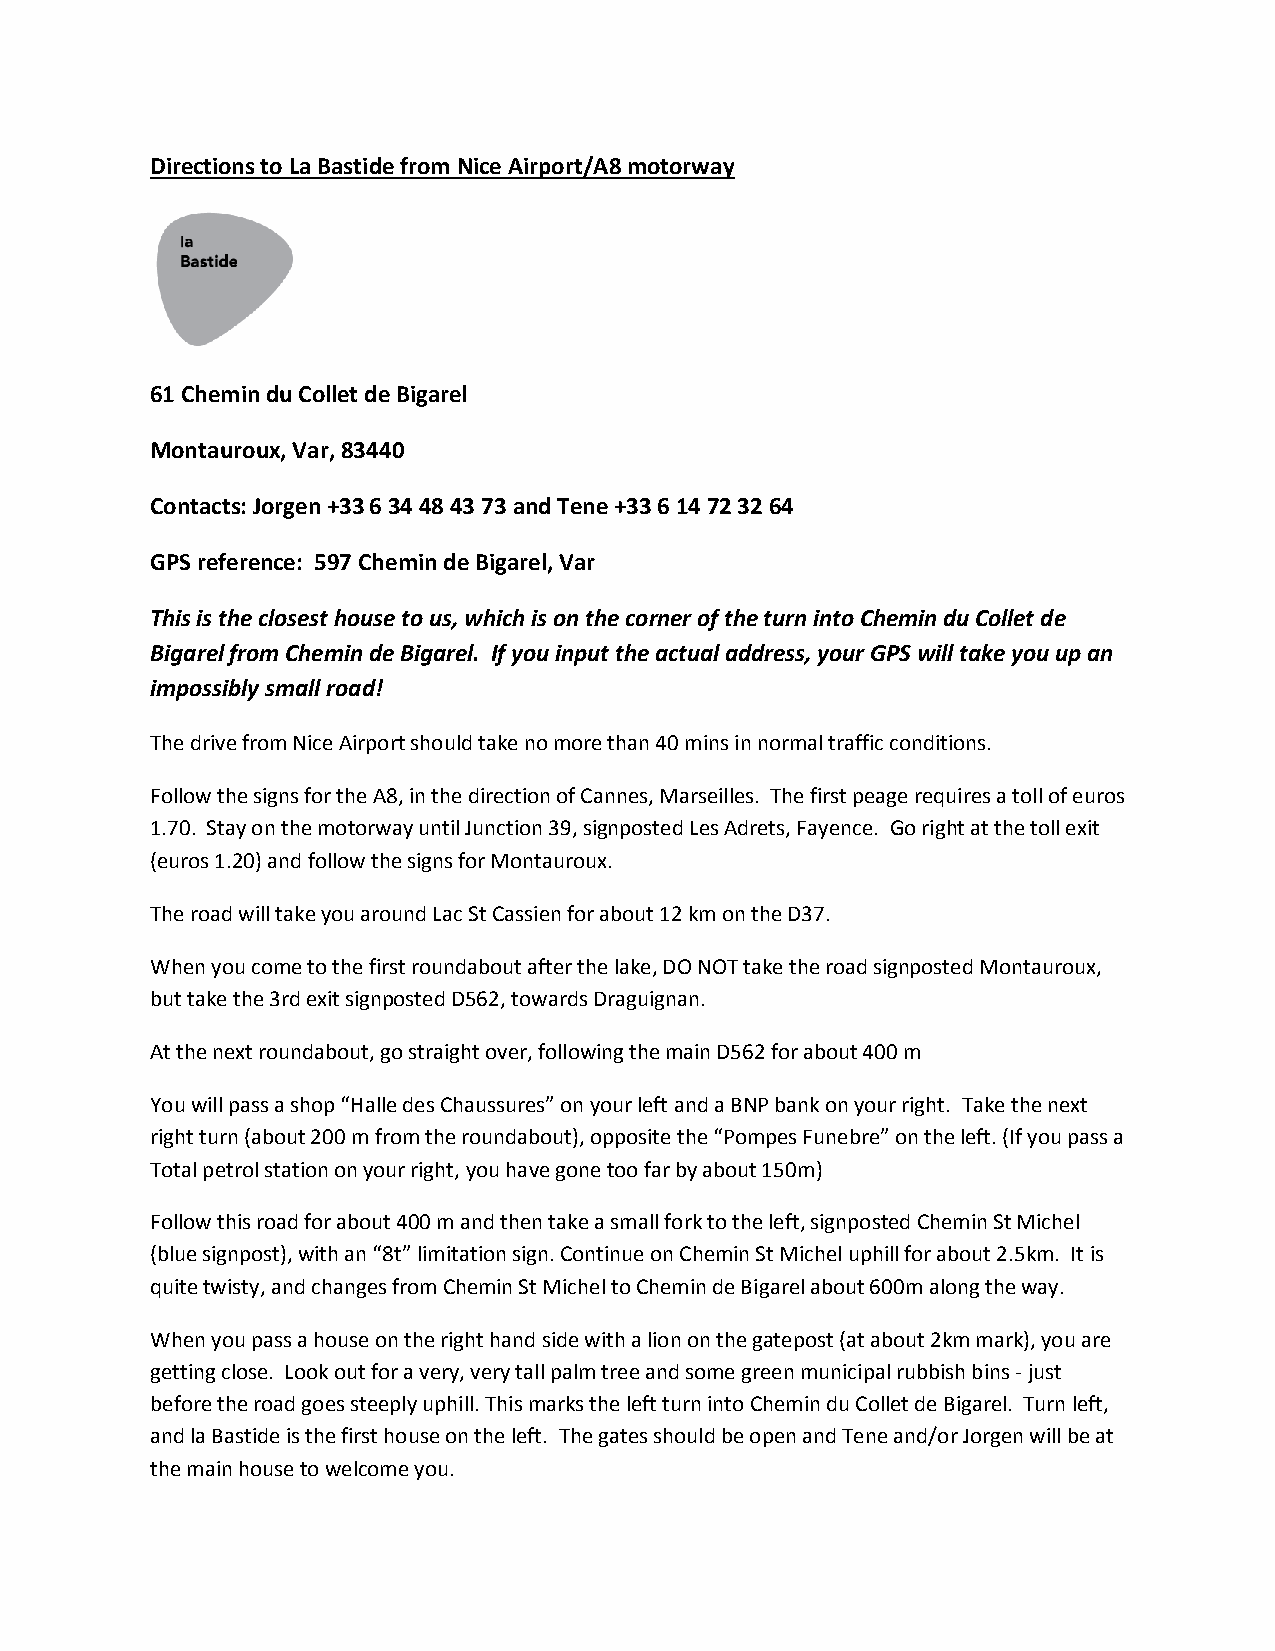
Directions to La Bastide from Nice Airport/A8 motorway
 61 Chemin du Collet de Bigarel
 Montauroux, Var, 83440
 Contacts: Jorgen +33 6 34 48 43 73 and Tene +33 6 14 72 32 64
 GPS reference: 597 Chemin de Bigarel, Var
 This is the closest house to us, which is on the corner of the turn into Chemin du Collet de
 Bigarel from Chemin de Bigarel. If you input the actual address, your GPS will take you up an
 impossibly small road!
 The drive from Nice Airport should take no more than 40 mins in normal traffic conditions.
 Follow the signs for the A8, in the direction of Cannes, Marseilles. The first peage requires a toll of euros
 1.70. Stay on the motorway until Junction 39, signposted Les Adrets, Fayence. Go right at the toll exit
 (euros 1.20) and follow the signs for Montauroux.
 The road will take you around Lac St Cassien for about 12 km on the D37.
 When you come to the first roundabout after the lake, DO NOT take the road signposted Montauroux,
 but take the 3rd exit signposted D562, towards Draguignan.
 At the next roundabout, go straight over, following the main D562 for about 400 m
 You will pass a shop “Halle des Chaussures” on your left and a BNP bank on your right. Take the next
 right turn (about 200 m from the roundabout), opposite the “Pompes Funebre” on the left. (If you pass a
 Total petrol station on your right, you have gone too far by about 150m)
 Follow this road for about 400 m and then take a small fork to the left, signposted Chemin St Michel
 (blue signpost), with an “8t” limitation sign. Continue on Chemin St Michel uphill for about 2.5km. It is
 quite twisty, and changes from Chemin St Michel to Chemin de Bigarel about 600m along the way.
 When you pass a house on the right hand side with a lion on the gatepost (at about 2km mark), you are
 getting close. Look out for a very, very tall palm tree and some green municipal rubbish bins - just
 before the road goes steeply uphill. This marks the left turn into Chemin du Collet de Bigarel. Turn left,
 and la Bastide is the first house on the left. The gates should be open and Tene and/or Jorgen will be at
 the main house to welcome you.